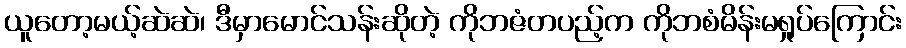
ယူတော့မယ့်ဆဲဆဲ၊ ဒီမှာမောင်သန်းဆိုတဲ့ ကိုဘဇံတပည့်က ကိုဘစံမိန်းမရှုပ်ကြောင်း